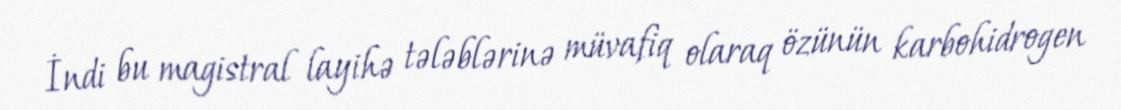
İndi bu magistral layihə tələblərinə müvafiq olaraq özünün karbohidrogen